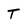
Character: T